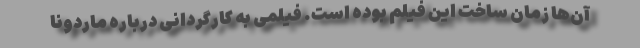
آن‌ها زمان ساخت این فیلم بوده است. فیلمی به کارگردانی درباره ماردونا